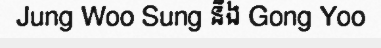
Jung Woo Sung និង Gong Yoo